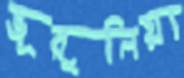
ভূরুলিয়া